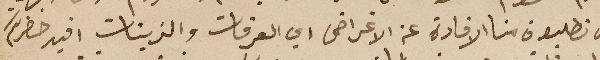
ان تطلبون منا الافادة عن الاغراض اي العرقات والزيتات افيد حضرتكم